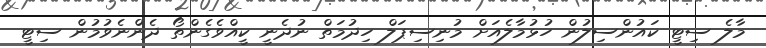
މާލެ ސިޓީ ކައުންސިލުން ހުޅުމާލެއަށް މުނިސިޕަލް ހިދުމަތް ނުދެނީ ކީއްވެގެންތޯ ދެންނެވުމުން ސިޓީ